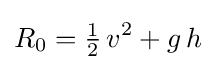
R_{0}={\tfrac {1}{2}}\,v^{2}+g\,h